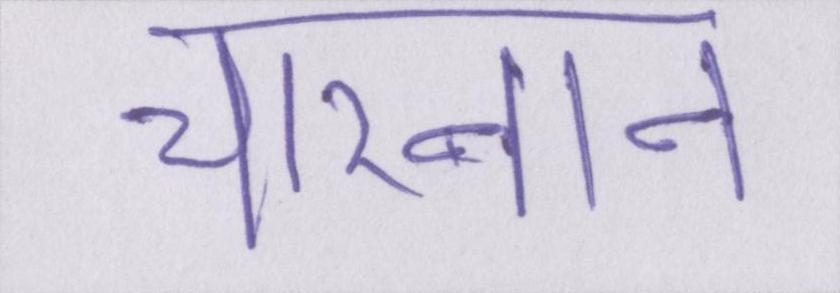
चारनान